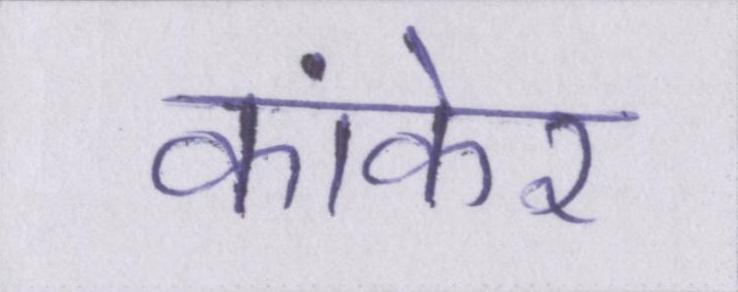
कांकेर